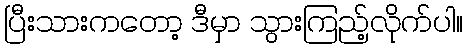
ပြီးသားကတော့ ဒီမှာ သွားကြည့်လိုက်ပါ။